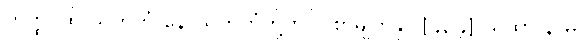
တတ္ထ၊ ထို သကကံ နောသကကံတို့တွင်။ စာမျက်နှာ [၄၃၄] ယထာ နာမ၊